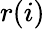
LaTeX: r(i)